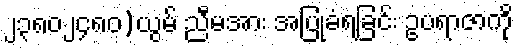
၂၃၈၀၂၄၈၀)ယွမ် ညီမအား အပြုခံရခြင်း ဥပရာဇာကို